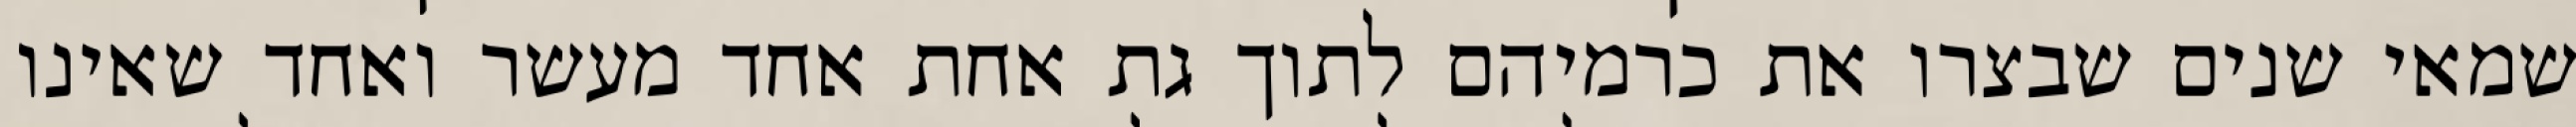
שמאי שנים שבצרו את כרמיהם לתוך גת אחת אחד מעשר ואחד שאינו